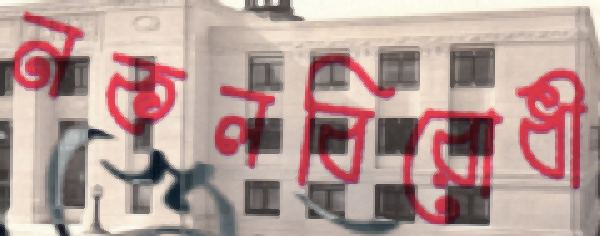
নকলবিরোধী